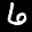
Label: 6